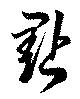
點